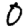
Digit: 0